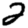
Digit: 2